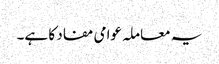
یہ معاملہ عوامی مفاد کا ہے۔